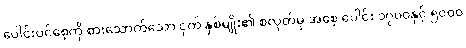
ပေါင်းပင်စေ့ကို စားသောက်သော ငှက် နှစ်မျိုး၏ စလုတ်မှ အစေ့ ပေါင်း ၁၇၀၀နှင့် ၅၀၀၀